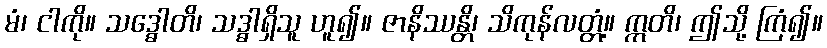
မံ၊ ငါကို။ သဒ္ဓေါတိ၊ သဒ္ဓါရှိသူ ဟူ၍။ ဇာနိဿန္တိ၊ သိကုန်လတ္တံ့။ ဣတိ၊ ဤသို့ ကြံ၍။